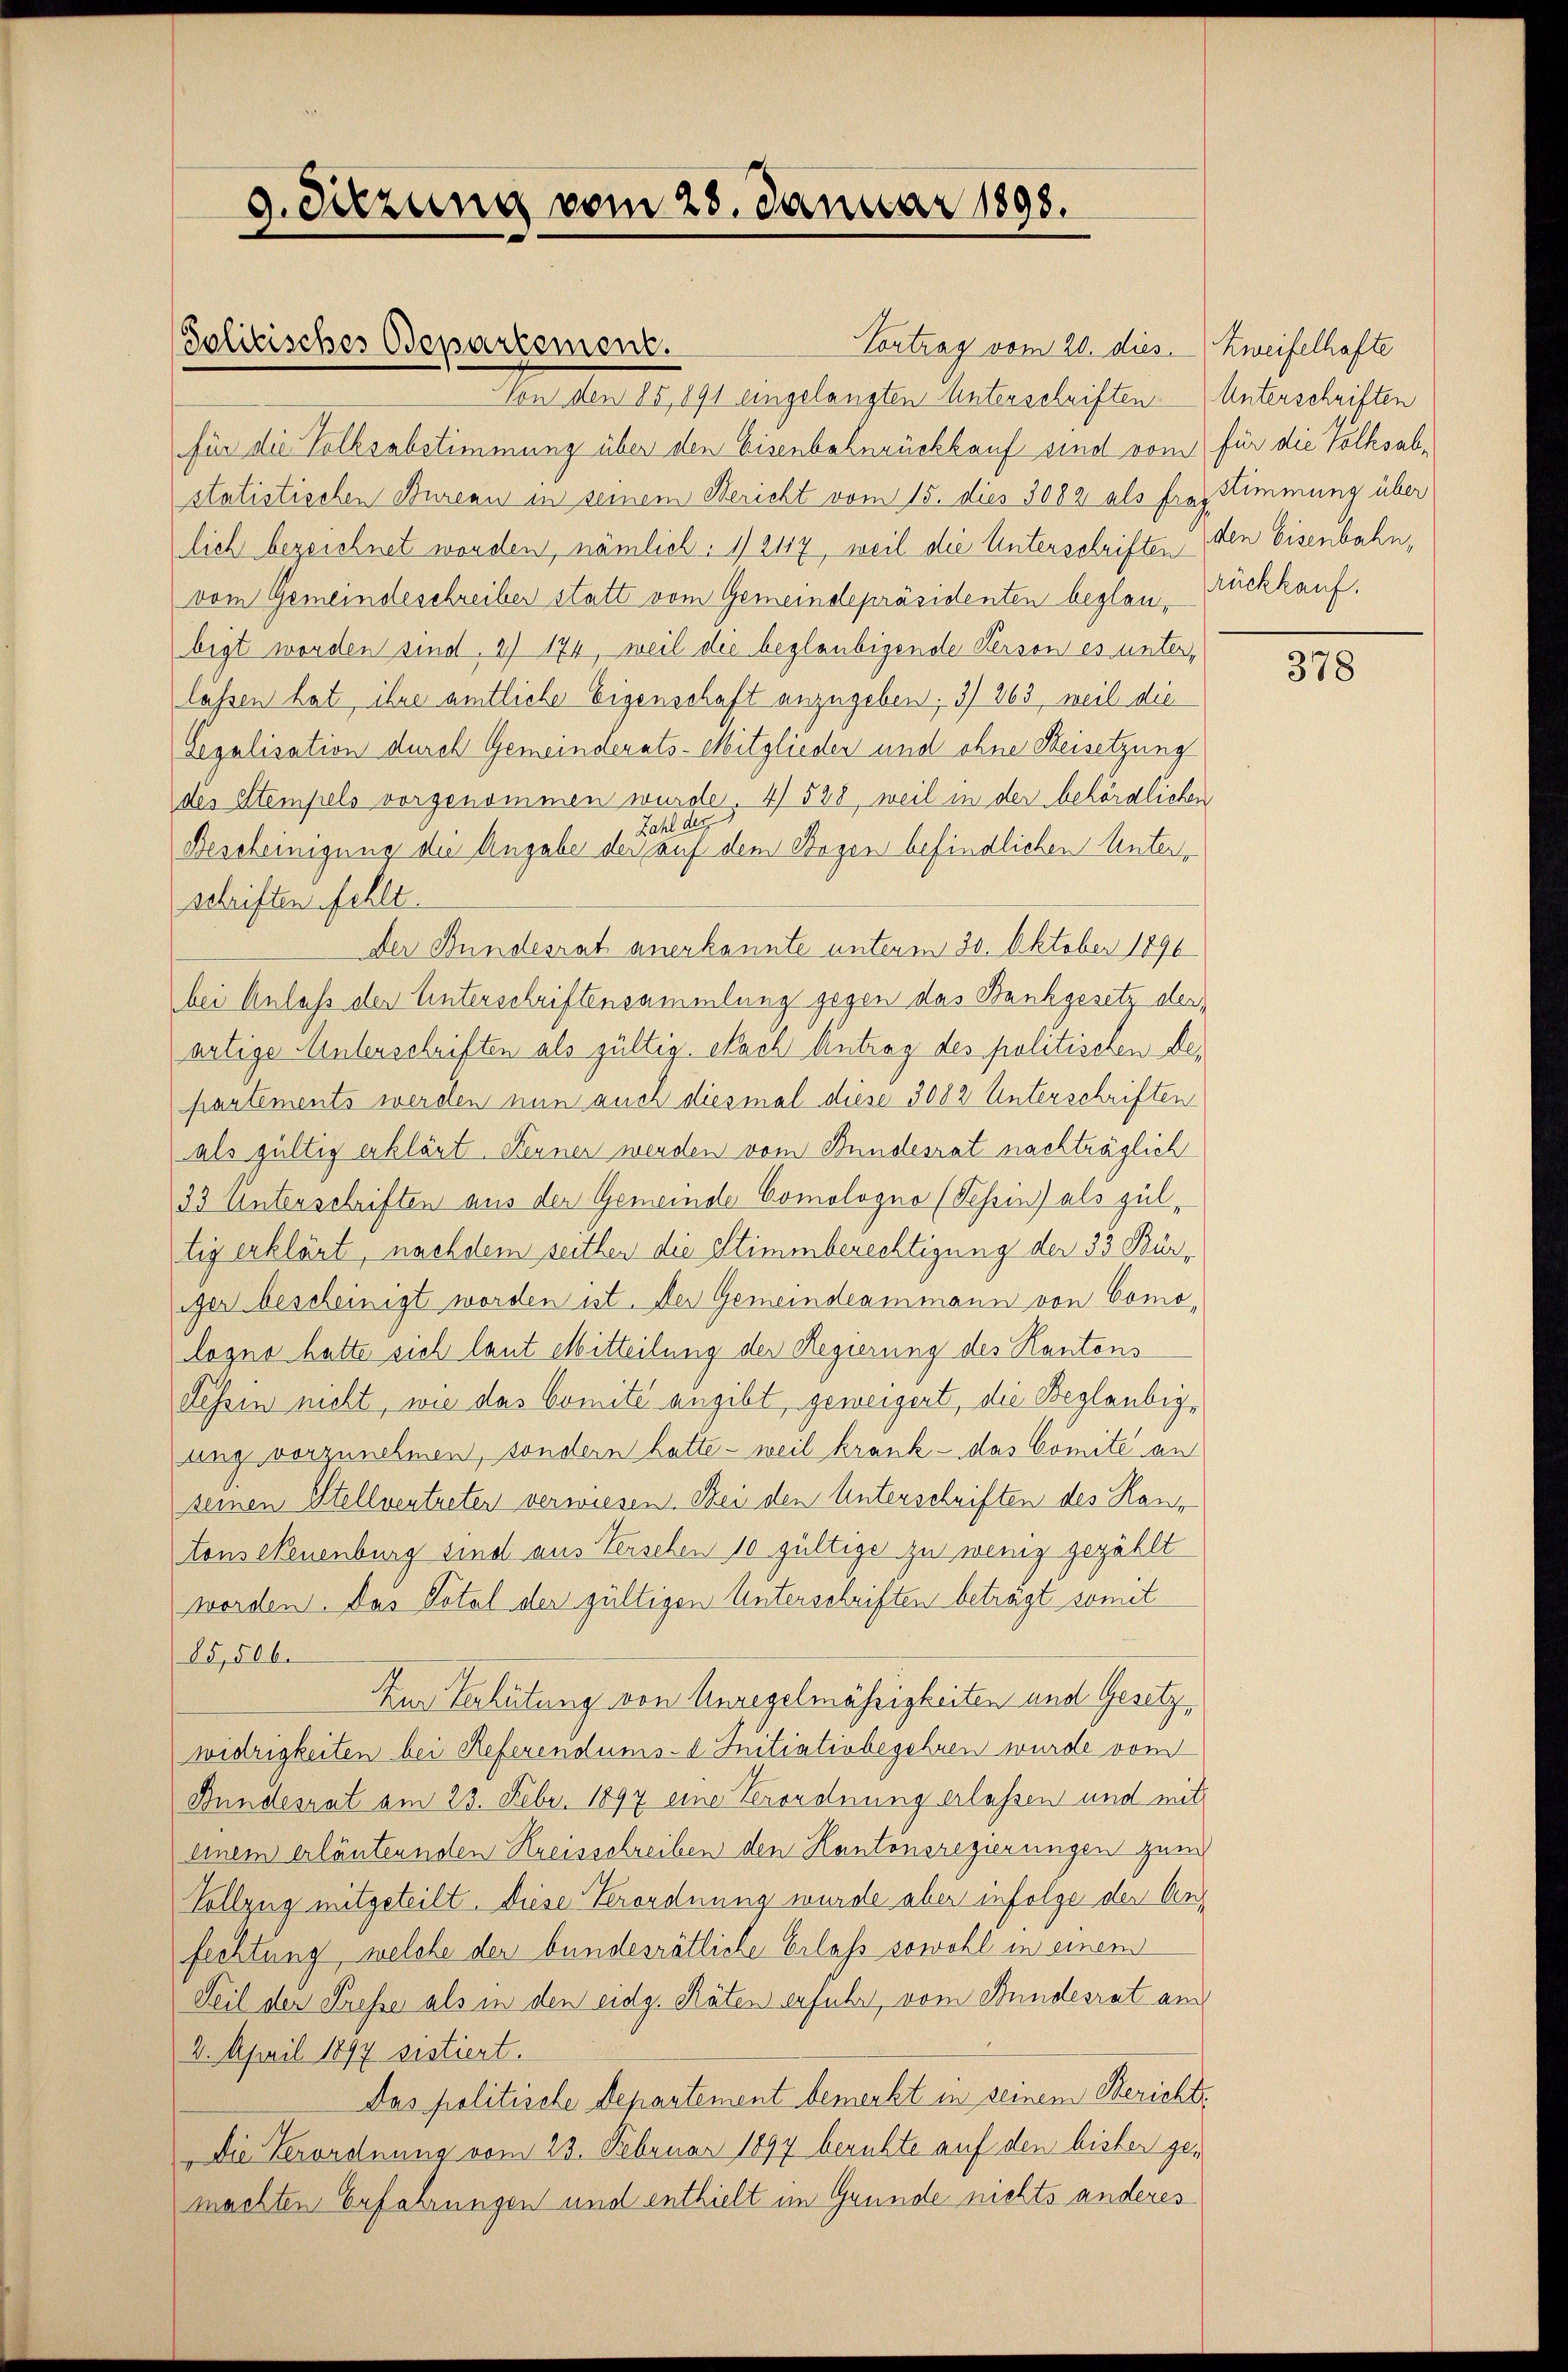
9. Sitzung vom 28. Januar 1898.

für die Volksabstimmung über den Eisenbahnrückkauf sind vom für die Volksabstatistischen Bureau in seinem Bericht vom 15. dies 3082 als frey Stimmung über
lich bezeichnet worden, nämlich: 1) 2117, weil die Unterschriften
vom Gemeindeschreiber statt vom Gemeindepräsidenten beglaubigt worden sind, 2) 174, weil die beglaubigende Person es unterlässen hat ihre amtliche Eigenschaft anzugeben; 3) 863, weil die
Segalisation durch Gemeinderats-Mitglieden und ohne Reisetzung
des Stempels vorgenommen wurde. 4) 528, weil in der behördliche
Zahl des
Bescheinigung die Angabe der auf dem Bogen befindlichen Unterschriften fehlt.
Der Bundesrat anerkannte unterm 30. Oktober 1896
bei Anlass der Unterschriftensammlung gegen das Bankgesetz derartige Unterschriften als gültig. Nach Antrag des politischen Departements werden nun auch diesmal diese 3082 Unterschriften
als gültig erklärt. Fenner werden vom Bundesrat nachträglich
33 Unterschriften aus der Gemeinde Comologno (Tessin) als gültig erklärt, nachdem seithen die Stimmberechtigung der 33 Büriger bescheinigt worden ist. Der Gemeindeammann von Comologno hatte sich laut Mitteilung der Regierung des Kantons
Tessin nicht, wie das Comité angibt geweigert, die Beglaubigung vorzunehmen, sondern hatte - weil krank - das Comite an
seinen Stellvertreten verwiesen. Sei den Unterschriften des Haus
tons Neuenburg sind aus Verschen 10 gültige zu wenig gezählt
worden. Das Votal der gültigen Unterschriften beträgt somit
85,506.
Zur Verhütung von Unregelmässigkeiten und Gesetzwidrigkeiten bei Referendums- Initiativbegehren wurde von
Bundesrat am 23. Febr. 1897 eine Verordnung erlassen und mit
einem erläuternden Kreisschreiben den Kantonsregierungen zum
Vollzug mitgeteilt. Diese Verordnung wurde aber infolge der Anfechtung, welche der bundesrätliche Erlass sowohl in einem
Teil der Presse als in den eidg. Räten erfuhr, vom Bundesrat am
3. April 1897 sistiert.
Das politische Departement bemerkt in seinem Bericht.
Die Verordnung vom 23. Februar 1897 beruhte auf den bisher gemachten Erfahrungen und enthielt im Grunde nichts anderes

Solitisches Departement.

Vortrag vom 20. dies Zweifelhafte
Von den 85, 891 eingelangten Unterschriften Unterschriften

den Eisenbahn,
rückkauf.

378